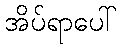
အိပ်ရာပေါ်